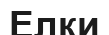
Елки